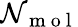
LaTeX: \mathcal{N}_{\mathrm{{~m~o~l~}}}